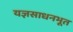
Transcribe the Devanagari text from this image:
यज्ञसाधनभूत